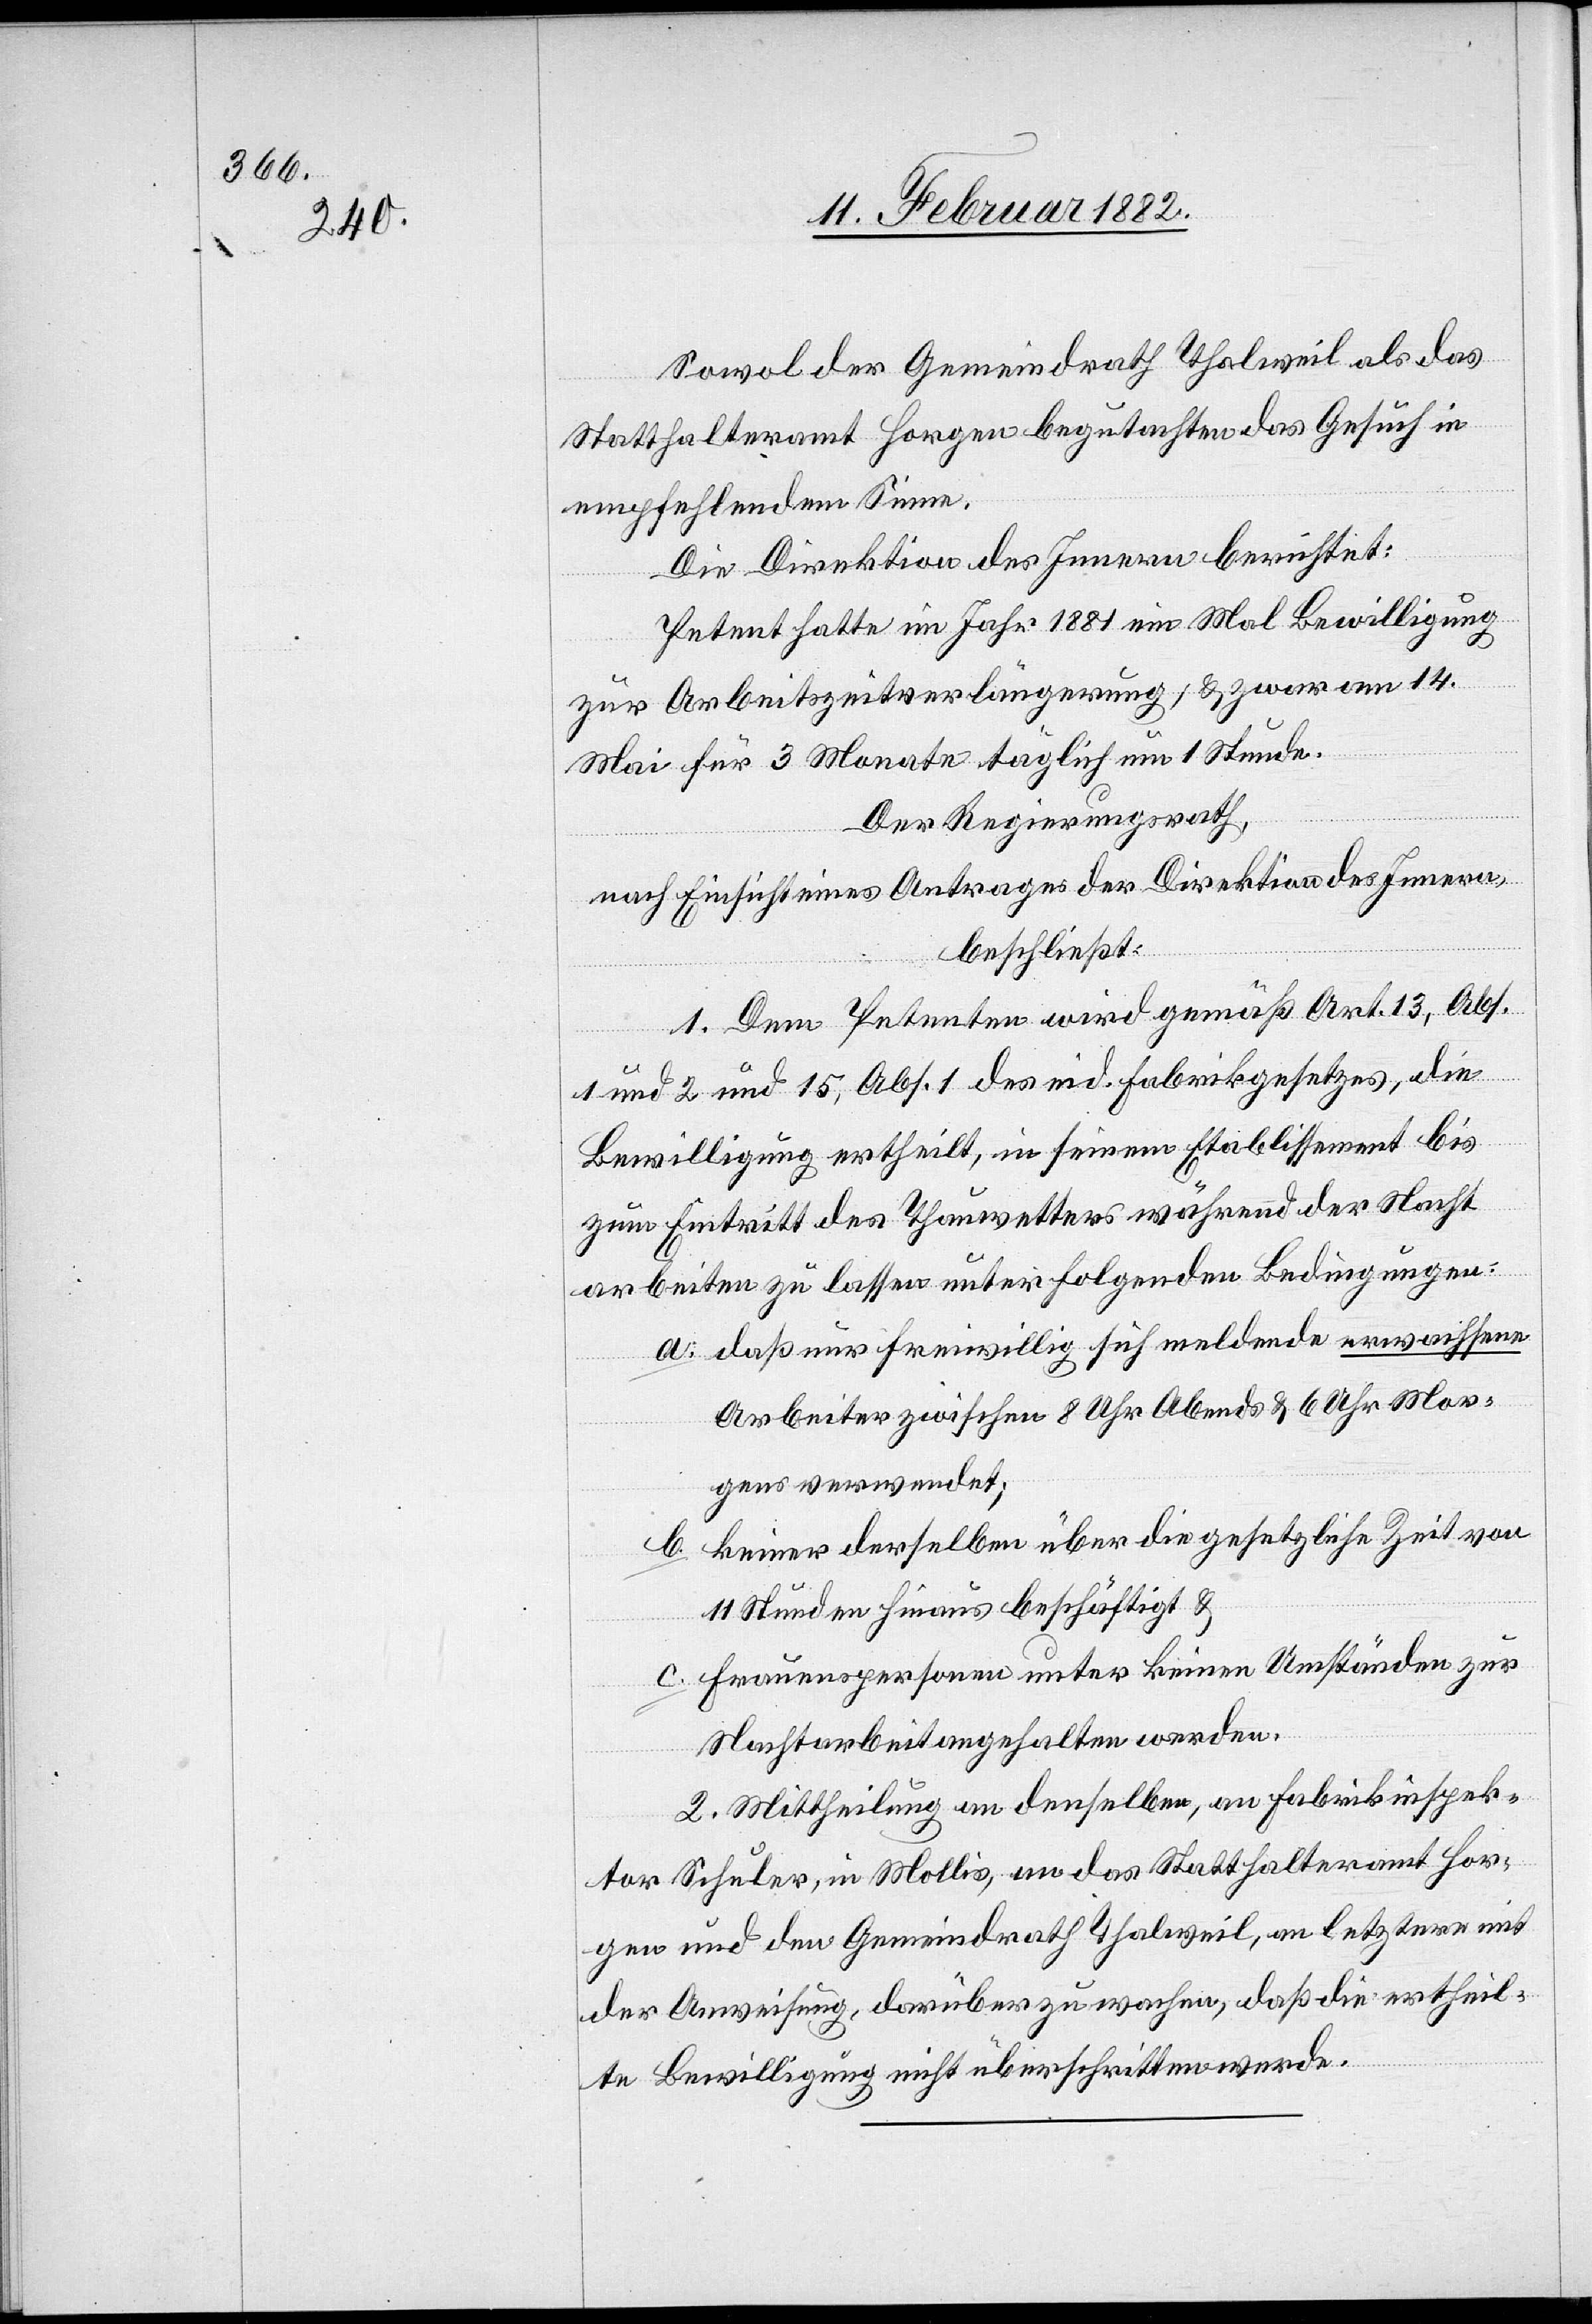
Sowol der Gemeindrath Thalweil als das
Statthalteramt Horgen begutachten das Gesuch in
empfehlendem Sinne.
Die Direktion des Innern berichtet:
Petent hatte im Jahr 1881 ein Mal Bewilligung
zur Arbeitszeitverlängerung, & zwar am 14.
Mai für 3 Monate täglich um 1 Stunde.
Der Regierungsrath,
nach Einsicht eines Antrages der Direktion des Innern,
beschließt:
1. Dem Petenten wird gemäß Art. 13, Abs.
1 und 2 und 15, Abs. 1 des eid. Fabrikgesetzes, die
b.
Bewilligung ertheilt, in seinem Etablissement bis
zum Eintritt des Thauwetters während der Nacht
arbeiten zu lassen unter folgenden Bedingungen:
a. daß nur freiwillig sich meldende erwachsene
Arbeiter zwischen 8 Uhr Abends & 6 Uhr Mor¬
gens verwendet;
keiner derselben über die gesetzliche Zeit von
11 Stunden hinaus beschäftigt &
c. Frauenspersonen unter keinen Umständen zur
Nacharbeit angehalten werden.
2. Mittheilung an denselben, an Fabrikinspek¬
tor Schuler, in Mollis, an das Statthalteramt Hor¬
gen und den Gemeindrath Thalweil, an letztern mit
der Anweisung, darüber zu wachen, daß die ertheil¬
te Bewilligung nicht überschritten werde.